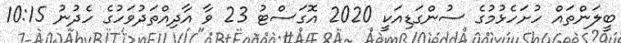
ބީލަންތައް ހުށަހެޅުމުގެ ސުންގަޑިއަކީ 2020 އޮގަސްޓު 23 ވާ އާދިއްތަދުވަހުގެ ހެދުނު 10:15